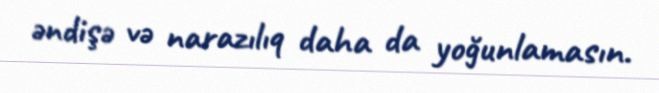
əndişə və narazılıq daha da yoğunlamasın.